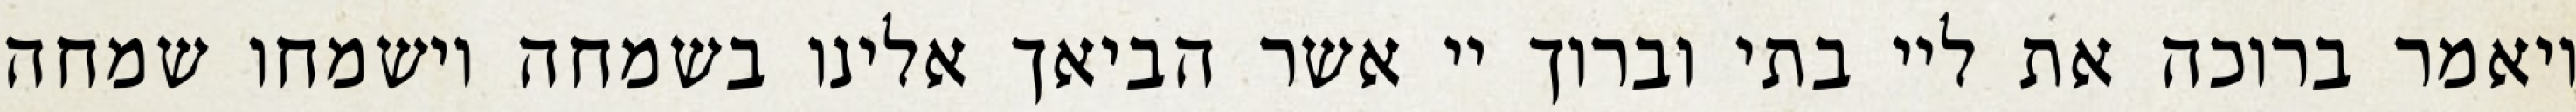
ויאמר ברוכה את ליי בתי וברוך יי אשר הביאך אלינו בשמחה וישמחו שמחה